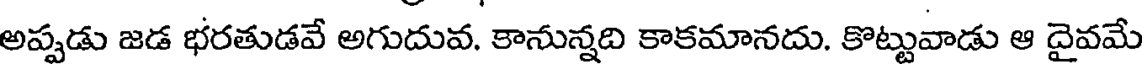
అప్పడు జడ భరతుడవే అగుదువ. కానున్నది కాకమానదు. కొట్టువాడు ఆ దైవమే